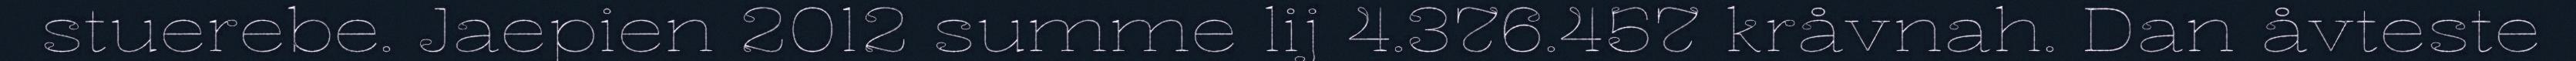
stuerebe. Jaepien 2012 summe lij 4.376.457 kråvnah. Dan åvteste